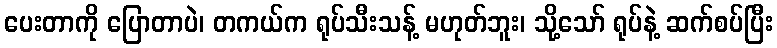
ပေးတာကို ပြောတာပဲ၊ တကယ်က ရုပ်သီးသန့် မဟုတ်ဘူး၊ သို့သော် ရုပ်နဲ့ ဆက်စပ်ပြီး